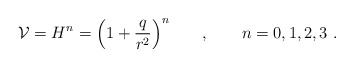
\begin{align*}\mathcal{V} = H^n = \Big(1 + {\frac{q}{r^2}}\Big)^n \qquad , \qquad n =0,1,2,3\ .\end{align*}